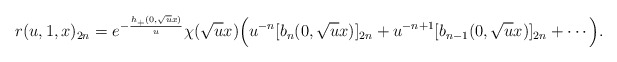
\begin{align*} r(u,1,x)_{2n}=e^{-\frac{h_+(0,\sqrt{u}x)}{u}}\chi(\sqrt{u}x)\Bigr(u^{-n}[b_n(0,\sqrt{u}x)]_{2n}+u^{-n+1}[b_{n-1}(0,\sqrt{u}x)]_{2n}+\cdots\Bigr).\end{align*}